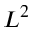
L ^ { 2 }